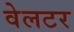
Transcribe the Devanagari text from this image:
वेलटर